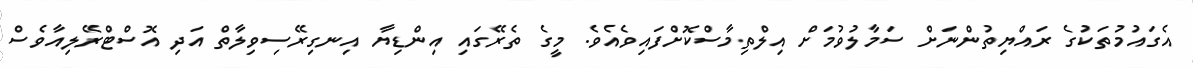
އެގައުމުތަކުގެ ރައްޔިތުންނަށް ސަމާލުވުމަށް އިލްތިމާސްކޮށްފައިވެއެވެ. މީގެ ތެރޭގައި އިންޑިޔާ އިނގިރޭސިވިލާތް އަދި އޮސްޓްރޭލިއާވެސް